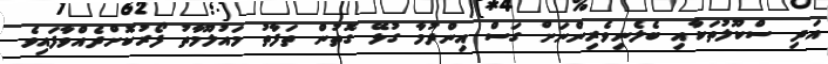
އަދި ސްކޫލުތަކާއި ބެލެނިވެރިންނަަށް ގަސް އިންދުމާ ގުޅޭ ގޮތުން ތަފާތު މައުލޫމާތު ފޯރުކޮށްދެއްވާފައިވެ